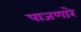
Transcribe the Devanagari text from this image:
पाजणारे